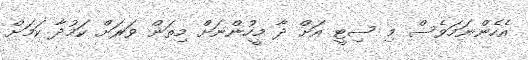
އެހެންނަމަވެސް މި ސިޓީ އަށް ދާ މީހުންނަށް މިތަން ވަރަށް ކަމުދާ ކަމަށް